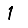
Digit: 1